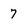
Character: 7